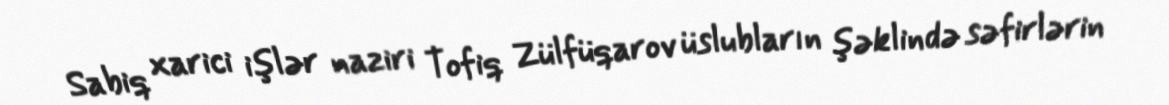
Sabiq xarici işlər naziri Tofiq Zülfüqarov üslubların şəklində səfirlərin